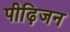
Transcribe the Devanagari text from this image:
पीढ़िजन